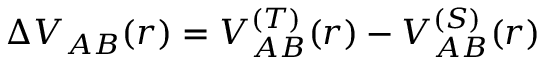
\Delta V _ { A B } ( r ) = V _ { A B } ^ { ( T ) } ( r ) - V _ { A B } ^ { ( S ) } ( r )